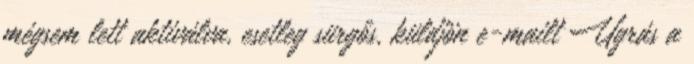
mégsem lett aktiválva, esetleg sürgős, küldjön e-mailt Ugrás a